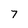
Character: 7